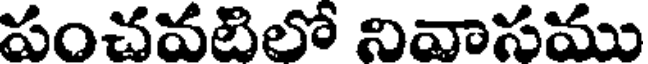
పంచవటిలో నివాసము